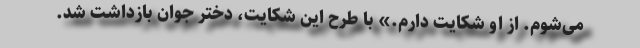
می‌شوم. از او شکایت دارم.» با طرح این شکایت، دختر جوان بازداشت شد.